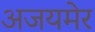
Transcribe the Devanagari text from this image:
अजयमेर